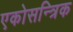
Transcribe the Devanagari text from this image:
एकोसन्त्रिक